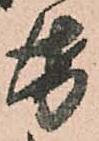
帋